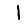
Digit: 1